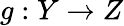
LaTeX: g:Y\to Z